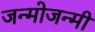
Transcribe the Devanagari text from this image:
जन्मोजन्मी